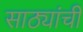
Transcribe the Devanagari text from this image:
साठ्यांची